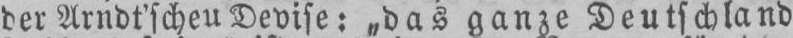
der Arndt’schen Devise: „das ganze Deutschland